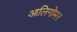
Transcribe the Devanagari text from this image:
आलिगोमर